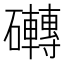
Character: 𮁗